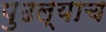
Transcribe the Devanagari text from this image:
पुढल्याच